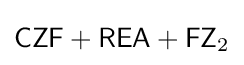
{\mathsf {CZF+REA+FZ}}_{2}